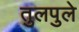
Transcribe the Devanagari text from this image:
तुलपुले